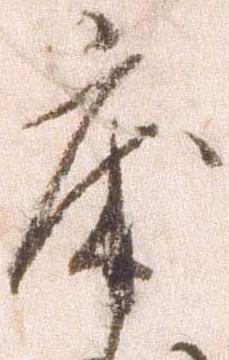
床